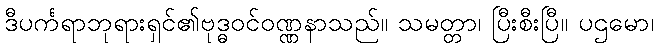
ဒီပင်္ကရာဘုရားရှင်၏ဗုဒ္ဓဝင်ဝဏ္ဏနာသည်။ သမတ္တာ၊ ပြီးစီးပြီ။ ပဌမော၊